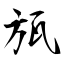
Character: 瓬